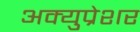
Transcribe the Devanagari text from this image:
अक्युप्रेशर